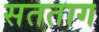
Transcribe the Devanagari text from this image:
सतताग